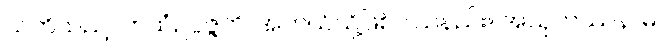
သတိသည်။ ကထံဥပ္ပဇ္ဇတိ၊ အဘယ်သို့ဖြစ်ပါသနည်း။ အသုကဿနာမ၊